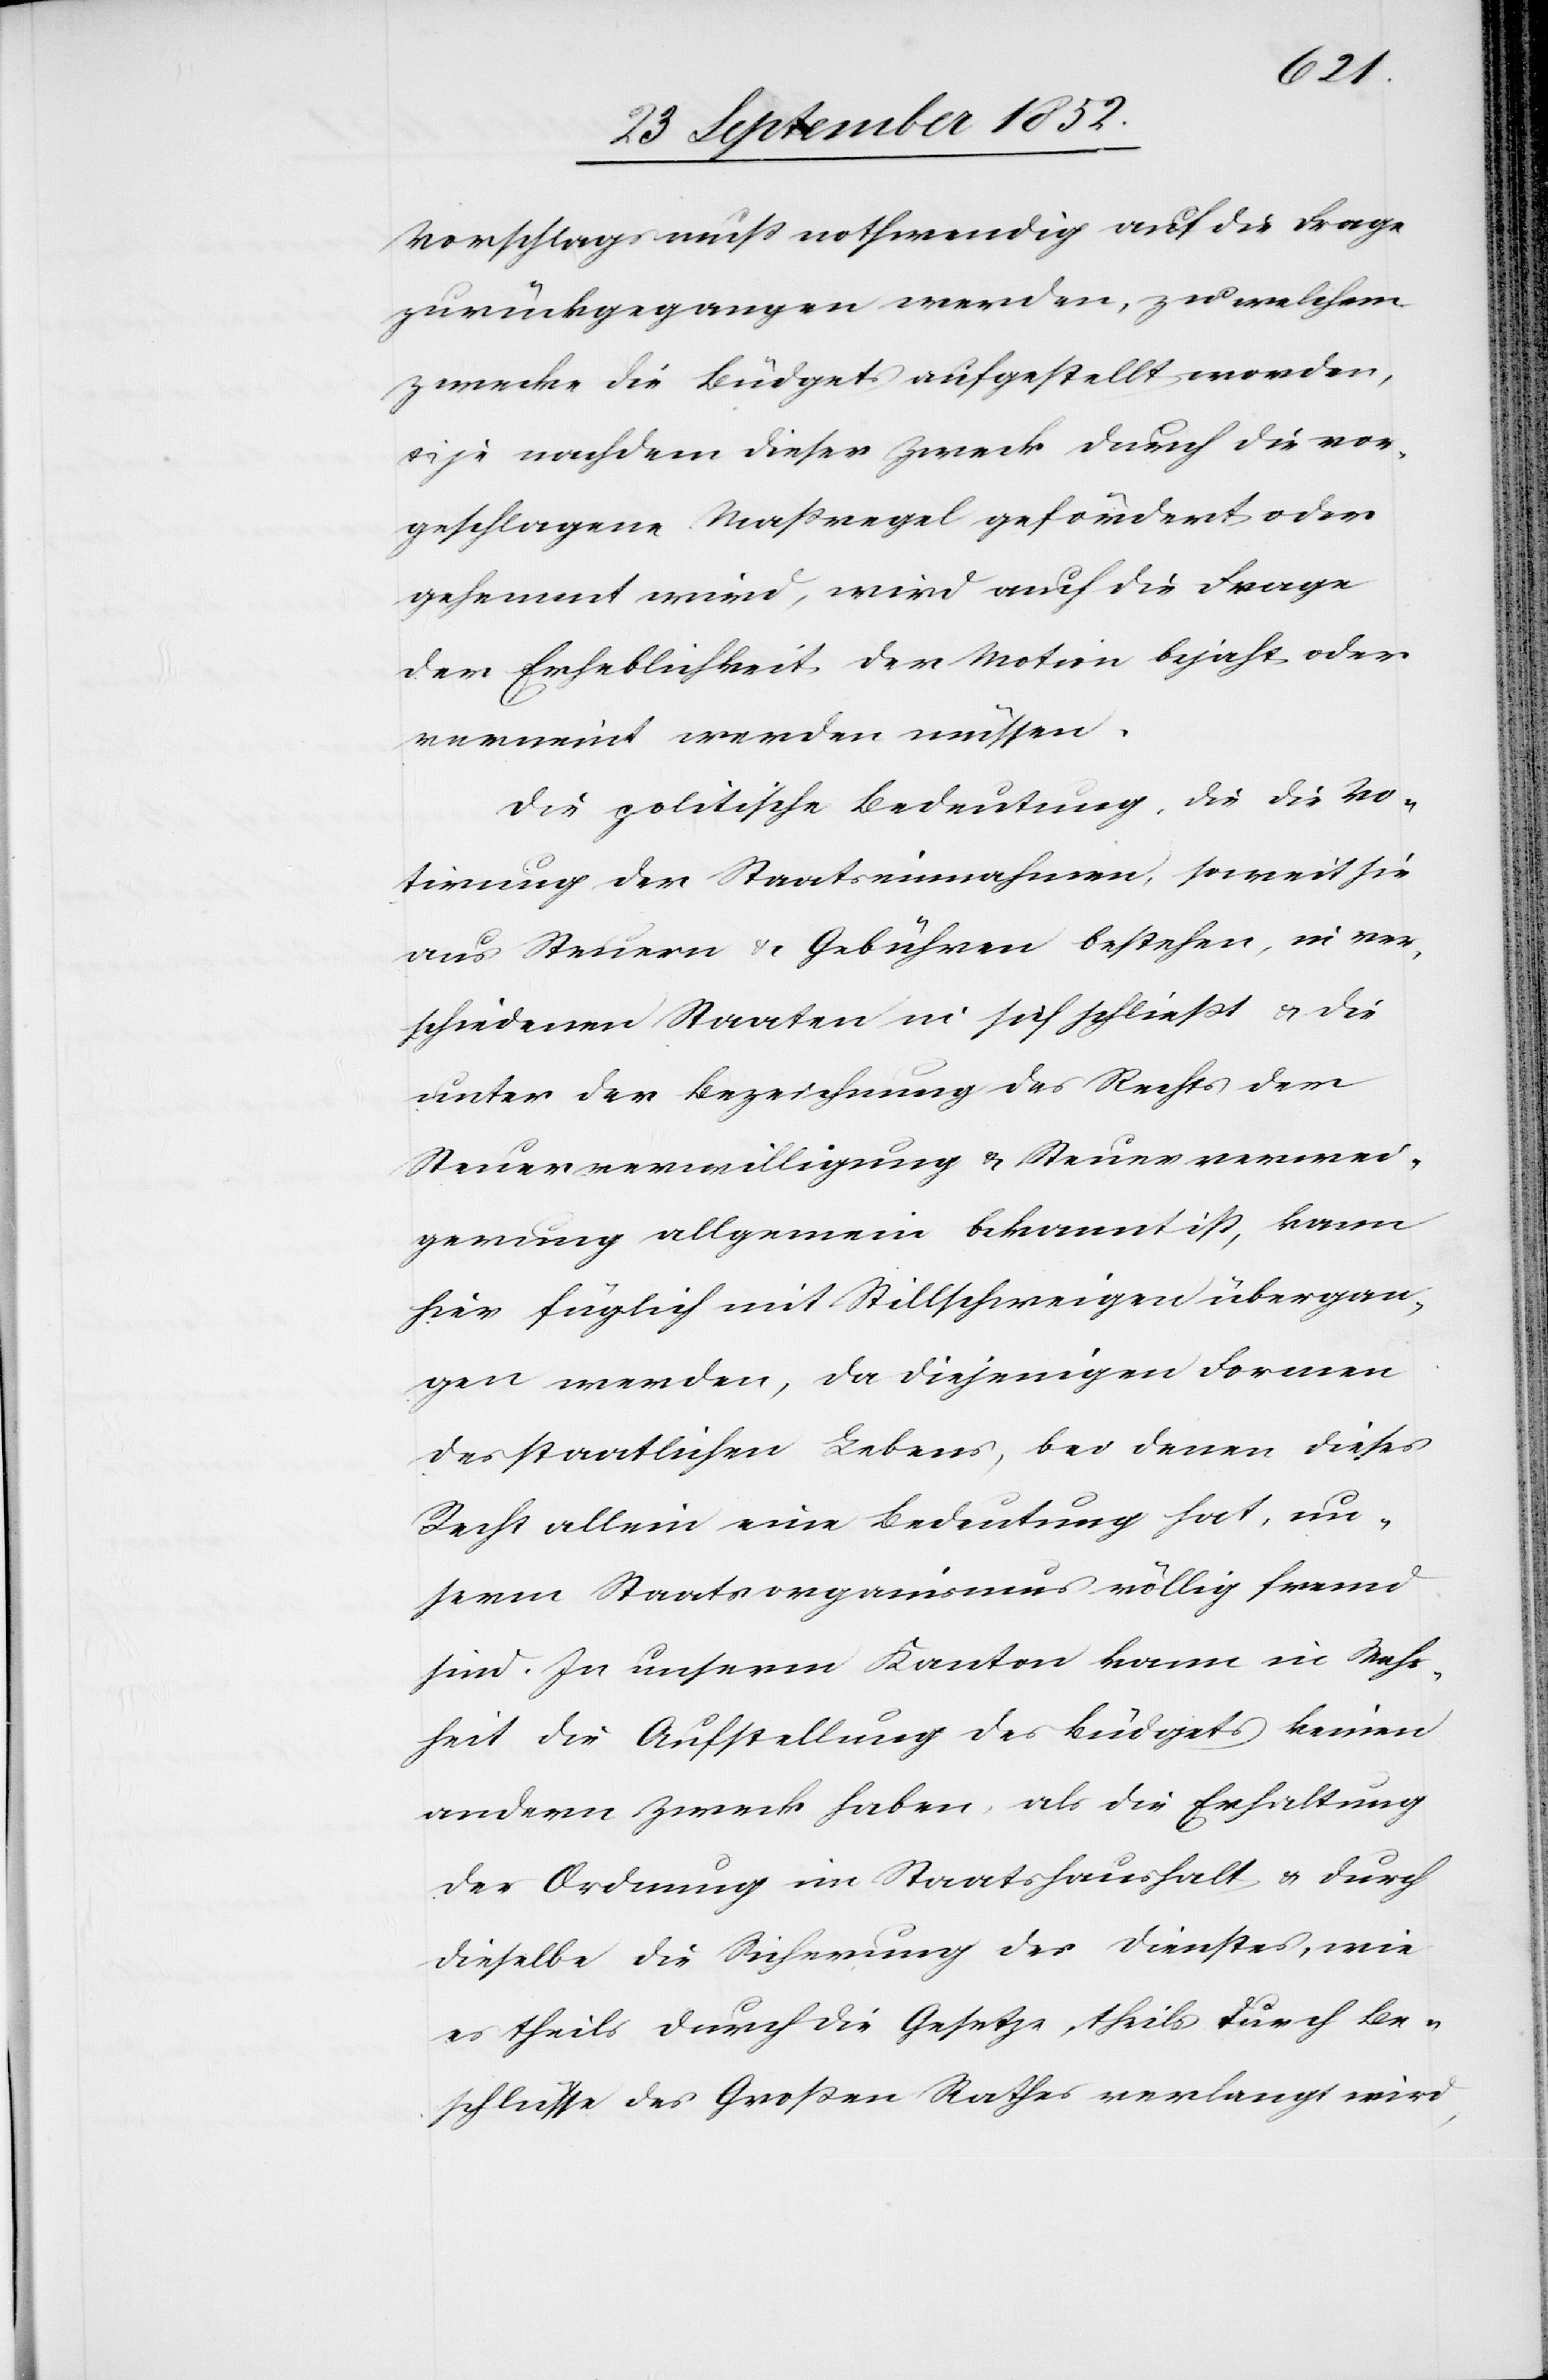
Vorschlags muss nothwendig auf die Frage
zurückgegangen werden, zu welchem
Zwecke die Büdgets aufgestellt worden,
je nachdem dieser Zweck durch die vor¬
geschlagene Maßregel gefördert oder
gehemmt wird, wird auch die Frage
der Erheblichkeit der Motion bejaht oder
verneint werden müssen.
Die politische Bedeutung, die die Vo¬
tirung der Staatseinnahmen, soweit sie
aus Steuern & Gebühren bestehen, in ver¬
schiedenen Staaten in sich schließt & die
unter der Bezeichnung des Rechts der
Steuerbewilligung] & Steuerverwei¬
gerung allgemein bekannt ist, kann
hier füglich mit Stillschweigen übergan¬
gen werden, da diejenigen Formen
des staatlichen Lebens, bei denen dieses
Recht allein eine Bedeutung hat, un¬
serm Staatsorganismus völlig fremd
sind. In unserm Kanton kann in Wahr¬
heit die Aufstellung des Büdgets keinen
andern Zweck haben, als die Erhaltung
der Ordnung im Staatshaushalt & durch
dieselbe die Sicherung des Dienstes, wie
es theils durch die Gesetze, theils durch Be¬
schlüsse des Großen Rathes verlangt wird,